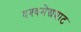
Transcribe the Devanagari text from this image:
दश्‍वमेद्यघाट